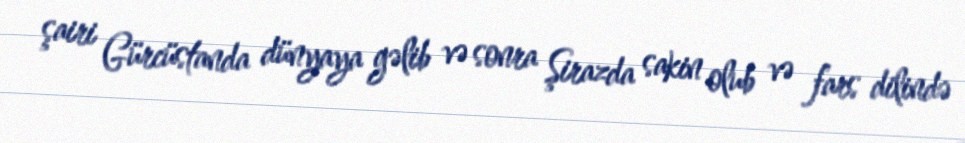
şairi Gürcüstanda dünyaya gəlib və sonra Şirazda sakin olub və fars dilində